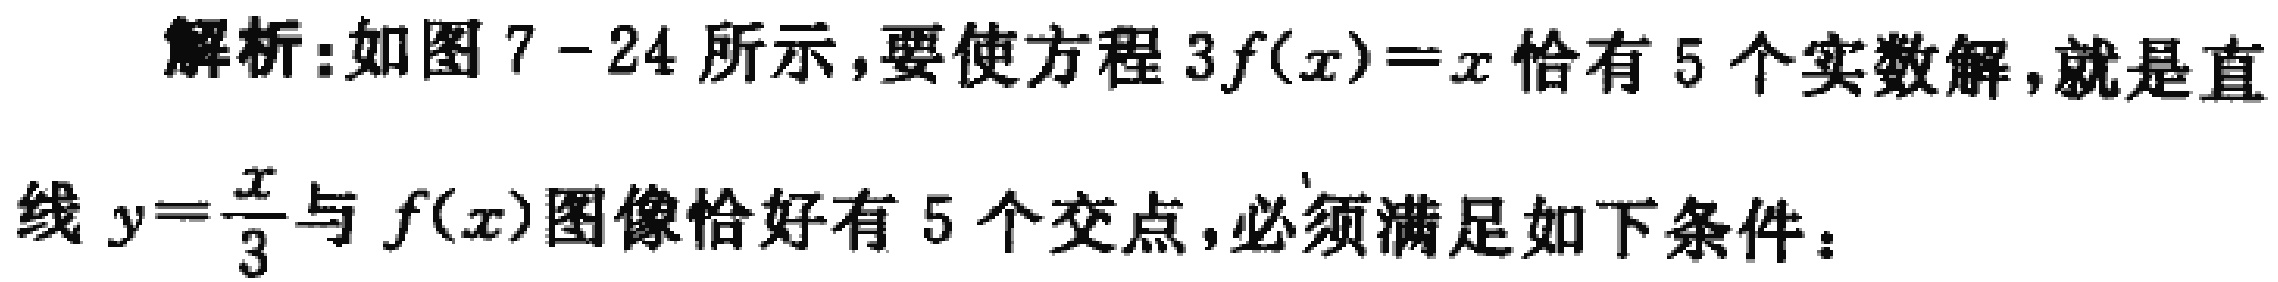
解析:如图 7 - 24 所示,要使方程 \(3f(x)=x\) 恰有 5 个实数解,就是直线 \(y = \frac{x}{3}\) 与 \(f(x)\) 图像恰好有 5 个交点,必须满足如下条件: